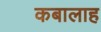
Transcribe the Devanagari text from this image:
कबालाह